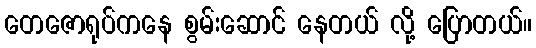
တေဇောရုပ်ကနေ စွမ်းဆောင် နေတယ် လို့ ပြောတယ်။